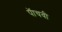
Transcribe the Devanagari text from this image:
पॅाचवी